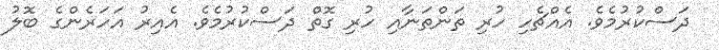
ދަސްކުރުމެވެ. އެއްޗެހި ހުރި ތަންތަނާއި ހުރި ގޮތް ދަސްކުރުމެވެ. އެއިރު އަހަރެންގެ ބޮލު